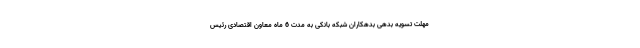
مهلت تسویه بدهی بدهکاران شبکه بانکی به مدت 6 ماه معاون اقتصادی رئیس